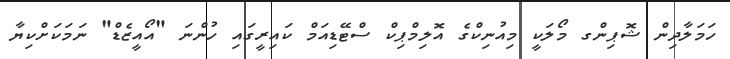
ހަމަލާދިން ޝޮޕިންގ މޯލަކީ މިއުނިކްގެ އޮލިމްޕިކް ސްޓޭޑިއަމް ކައިރީގައި ހުންނަ "އޯއީޒެޑް" ނަމަކަށްކިޔާ